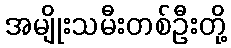
အမျိုးသမီးတစ်ဦးတို့